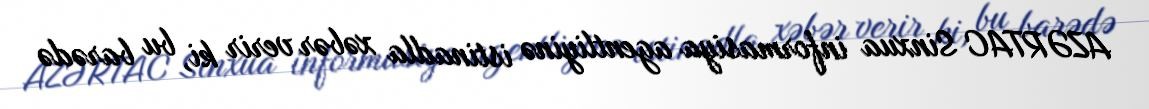
AZƏRTAC Sinxua informasiya agentliyinə istinadla xəbər verir ki, bu barədə